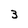
Character: 3